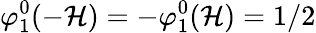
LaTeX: \varphi_{1}^{0}(-\mathcal{H})=-\varphi_{1}^{0}(\mathcal{H})=1/2